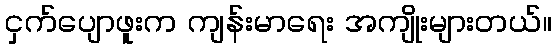
ငှက်ပျောဖူးက ကျန်းမာရေး အကျိုးများတယ်။